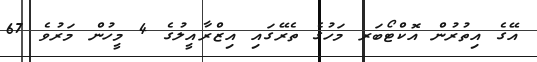
އޭގެ އިތުރުން އޮކްޓޯބަރ މަހުގެ ތެރޭގައި އިޒްރާއީލުގެ 4 މީހުން މަރުވެ 67